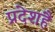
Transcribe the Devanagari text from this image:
प्रदेशहै